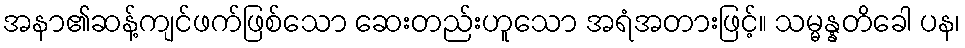
အနာ၏ဆန့်ကျင်ဖက်ဖြစ်သော ဆေးတည်းဟူသော အရံအတားဖြင့်။ သမ္မန္နတိခေါ ပန၊